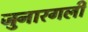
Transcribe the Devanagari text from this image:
जुनारगली